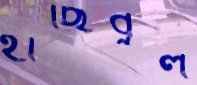
হাছিবুল